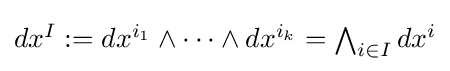
{\textstyle dx^{I}:=dx^{i_{1}}\wedge \cdots \wedge dx^{i_{k}}=\bigwedge _{i\in I}dx^{i}}